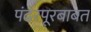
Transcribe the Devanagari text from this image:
पंढरपूरबाबत